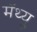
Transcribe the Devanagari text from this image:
मॅथ्यु